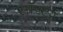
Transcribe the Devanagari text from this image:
सॉफ्टर